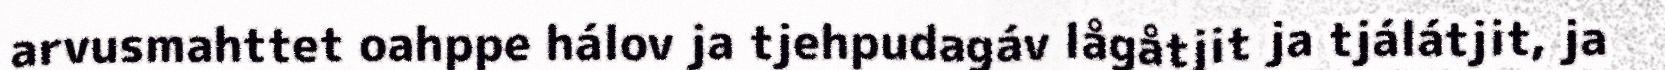
arvusmahttet oahppe hálov ja tjehpudagáv lågåtjit ja tjálátjit, ja